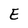
Character: E